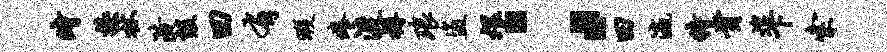
时换杖潢毁曰有暇痒渡樽琅盗煨；曰瀛特贵遑下索